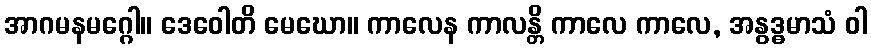
အာဂမနမဂ္ဂေါ။ ဒေဝေါတိ မေဃော။ ကာလေန ကာလန္တိ ကာလေ ကာလေ, အနွဒ္ဓမာသံ ဝါ